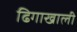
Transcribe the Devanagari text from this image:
ढिगाखाली